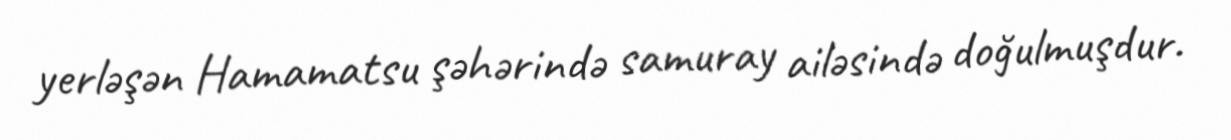
yerləşən Hamamatsu şəhərində samuray ailəsində doğulmuşdur.